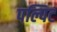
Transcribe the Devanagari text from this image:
पल्पिट